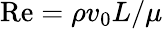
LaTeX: \mathrm{Re}=\rho v_{0}L/\mu